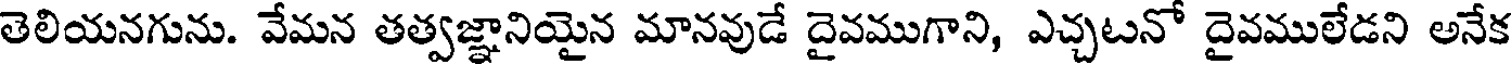
తెలియనగును. వేమన తత్వజ్ఞానియైన మానవుడే దైవముగాని, ఎచ్చటనో దైవములేడని అనేక